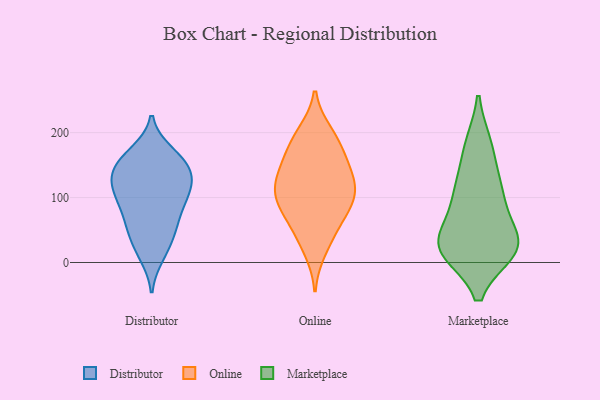
{"axis": {"x": "Production Output", "y": "Value"}, "legend": ["Distributor", "Marketplace", "Online"], "data": [{"x": "", "y": 11, "type": "Distributor"}, {"x": "", "y": 136, "type": "Distributor"}, {"x": "", "y": 51, "type": "Distributor"}, {"x": "", "y": 169, "type": "Distributor"}, {"x": "", "y": 101, "type": "Distributor"}, {"x": "", "y": 40, "type": "Distributor"}, {"x": "", "y": 17, "type": "Distributor"}, {"x": "", "y": 160, "type": "Distributor"}, {"x": "", "y": 118, "type": "Distributor"}, {"x": "", "y": 156, "type": "Distributor"}, {"x": "", "y": 56, "type": "Distributor"}, {"x": "", "y": 124, "type": "Distributor"}, {"x": "", "y": 90, "type": "Distributor"}, {"x": "", "y": 162, "type": "Distributor"}, {"x": "", "y": 107, "type": "Distributor"}, {"x": "", "y": 140, "type": "Distributor"}, {"x": "", "y": 86, "type": "Distributor"}, {"x": "", "y": 115, "type": "Distributor"}, {"x": "", "y": 65, "type": "Distributor"}, {"x": "", "y": 141, "type": "Distributor"}, {"x": "", "y": 196, "type": "Online"}, {"x": "", "y": 122, "type": "Online"}, {"x": "", "y": 200, "type": "Online"}, {"x": "", "y": 107, "type": "Online"}, {"x": "", "y": 84, "type": "Online"}, {"x": "", "y": 53, "type": "Online"}, {"x": "", "y": 135, "type": "Online"}, {"x": "", "y": 163, "type": "Online"}, {"x": "", "y": 124, "type": "Online"}, {"x": "", "y": 43, "type": "Online"}, {"x": "", "y": 89, "type": "Online"}, {"x": "", "y": 132, "type": "Online"}, {"x": "", "y": 88, "type": "Online"}, {"x": "", "y": 19, "type": "Online"}, {"x": "", "y": 159, "type": "Online"}, {"x": "", "y": 94, "type": "Online"}, {"x": "", "y": 181, "type": "Online"}, {"x": "", "y": 21, "type": "Marketplace"}, {"x": "", "y": 18, "type": "Marketplace"}, {"x": "", "y": 26, "type": "Marketplace"}, {"x": "", "y": 82, "type": "Marketplace"}, {"x": "", "y": 178, "type": "Marketplace"}, {"x": "", "y": 25, "type": "Marketplace"}, {"x": "", "y": 22, "type": "Marketplace"}, {"x": "", "y": 118, "type": "Marketplace"}, {"x": "", "y": 99, "type": "Marketplace"}, {"x": "", "y": 115, "type": "Marketplace"}, {"x": "", "y": 35, "type": "Marketplace"}, {"x": "", "y": 26, "type": "Marketplace"}, {"x": "", "y": 180, "type": "Marketplace"}]}